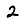
Digit: 2